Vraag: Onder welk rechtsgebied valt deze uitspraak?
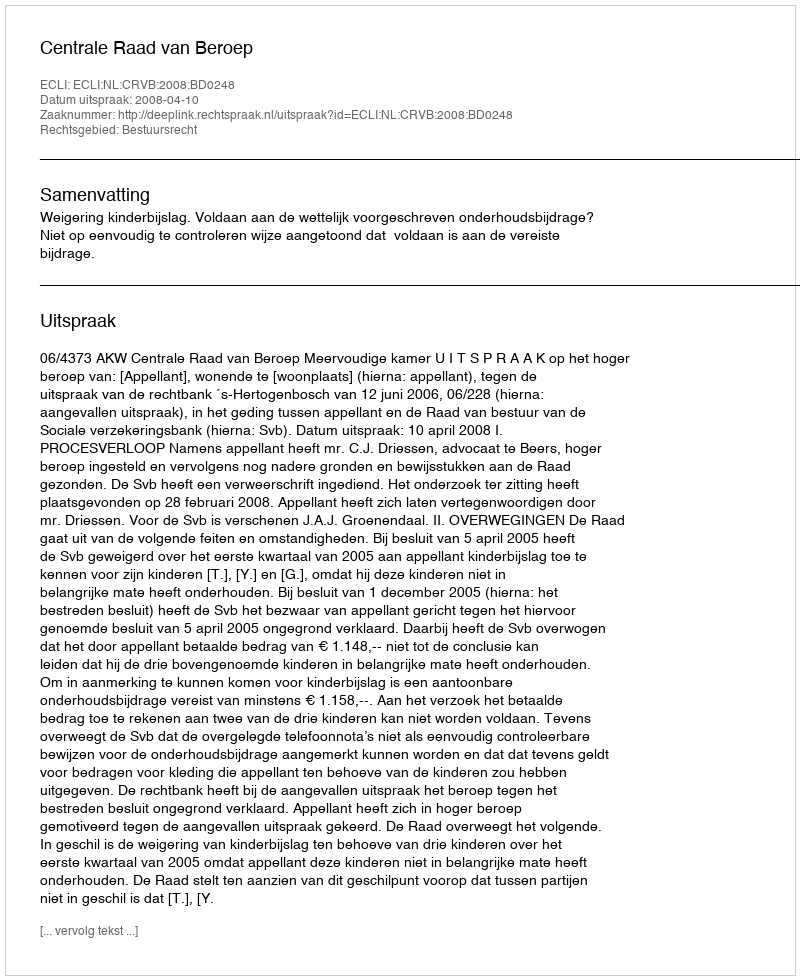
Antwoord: Bestuursrecht